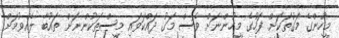
މީހުންގެ މަގުތަކަށް ފަހުގެ މީހުންނަށް ވެސް މަގު ދައްކަވައި މީސްތަކުންނަށް ތައުބާ ލެއްވުމަށް